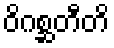
ဝိဂစ္ဆတီတိ